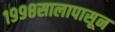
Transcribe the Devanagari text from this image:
१९९८सालापासून